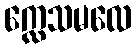
က္လေသမလေ